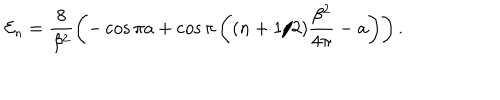
{ \cal E } _ { n } = \frac { 8 } { \beta ^ { 2 } } \left( - \cos \pi a + \cos { \pi } \left( ( n + 1 / 2 ) \frac { \beta ^ { 2 } } { 4 \pi } - a \right) \right) .